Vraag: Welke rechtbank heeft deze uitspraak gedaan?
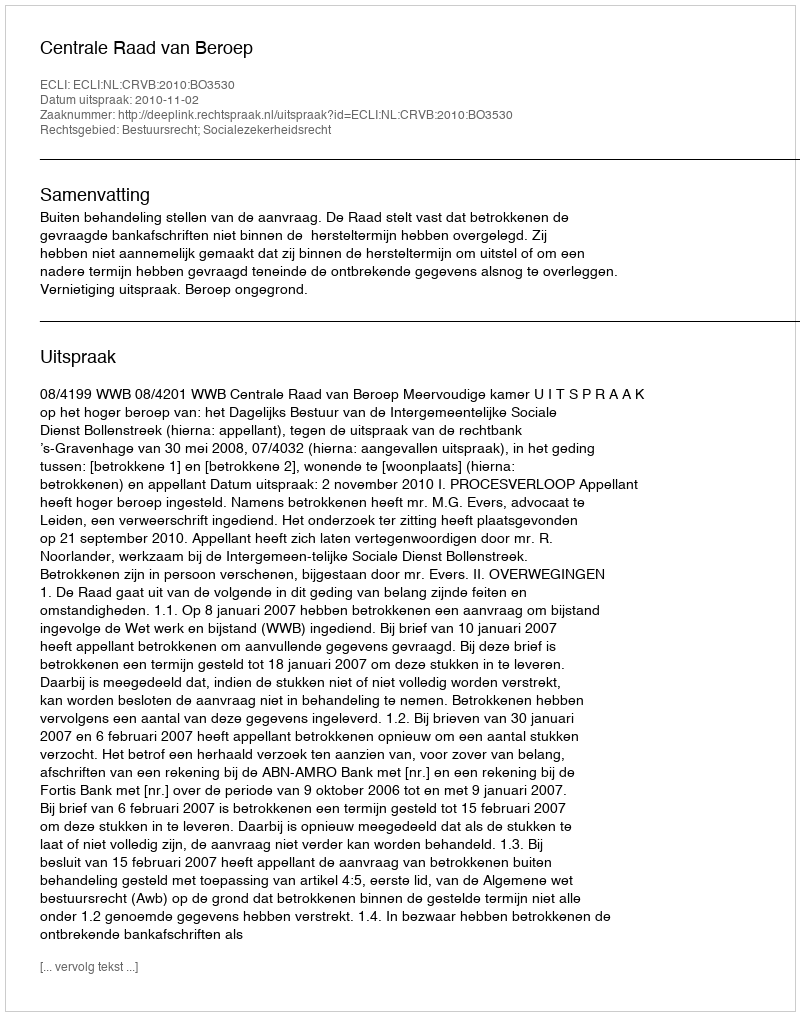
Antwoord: Centrale Raad van Beroep